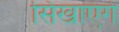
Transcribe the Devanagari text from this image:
सिखाएंगे